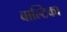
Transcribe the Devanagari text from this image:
बाल्टिका